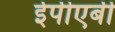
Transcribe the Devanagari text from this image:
ईपीएबी